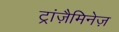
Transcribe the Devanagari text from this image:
ट्रांज़ैमिनेज़